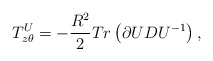
\begin{align*}T_{z\theta }^{U}=-\frac{R^{2}}{2}Tr\left( \partial UDU^{-1}\right) ,\end{align*}